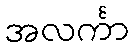
အလင်္ကာ